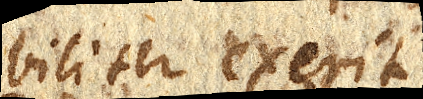
biliter exerit.